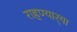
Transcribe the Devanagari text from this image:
राहण्यार्‍या